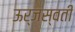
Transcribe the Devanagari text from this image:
ऊर्जस्वती